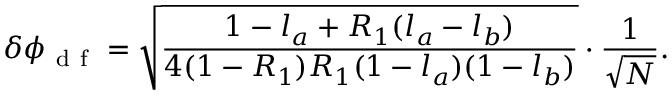
\delta \phi _ { \mathrm { ~ d ~ f ~ } } = \sqrt { \frac { 1 - l _ { a } + R _ { 1 } ( l _ { a } - l _ { b } ) } { 4 ( 1 - R _ { 1 } ) R _ { 1 } ( 1 - l _ { a } ) ( 1 - l _ { b } ) } } \cdot \frac { 1 } { \sqrt { N } } .